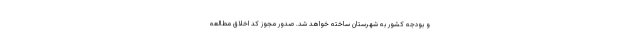
و بودجه کشور به شهرستان ساخته خواهد شد. صدور مجوز کد اخلاق مطالعه